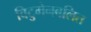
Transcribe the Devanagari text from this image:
विटुमेनबलित